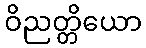
ဝိညတ္တိယော